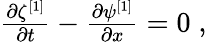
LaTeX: \begin{array}{r}{\frac{\partial\zeta^{[1]}}{\partial t}-\frac{\partial\psi^{[1]}}{\partial x}=0\; ,}\end{array}